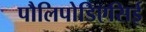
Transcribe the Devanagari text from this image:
पौलिपोडिएसिई